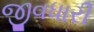
જીવધારી